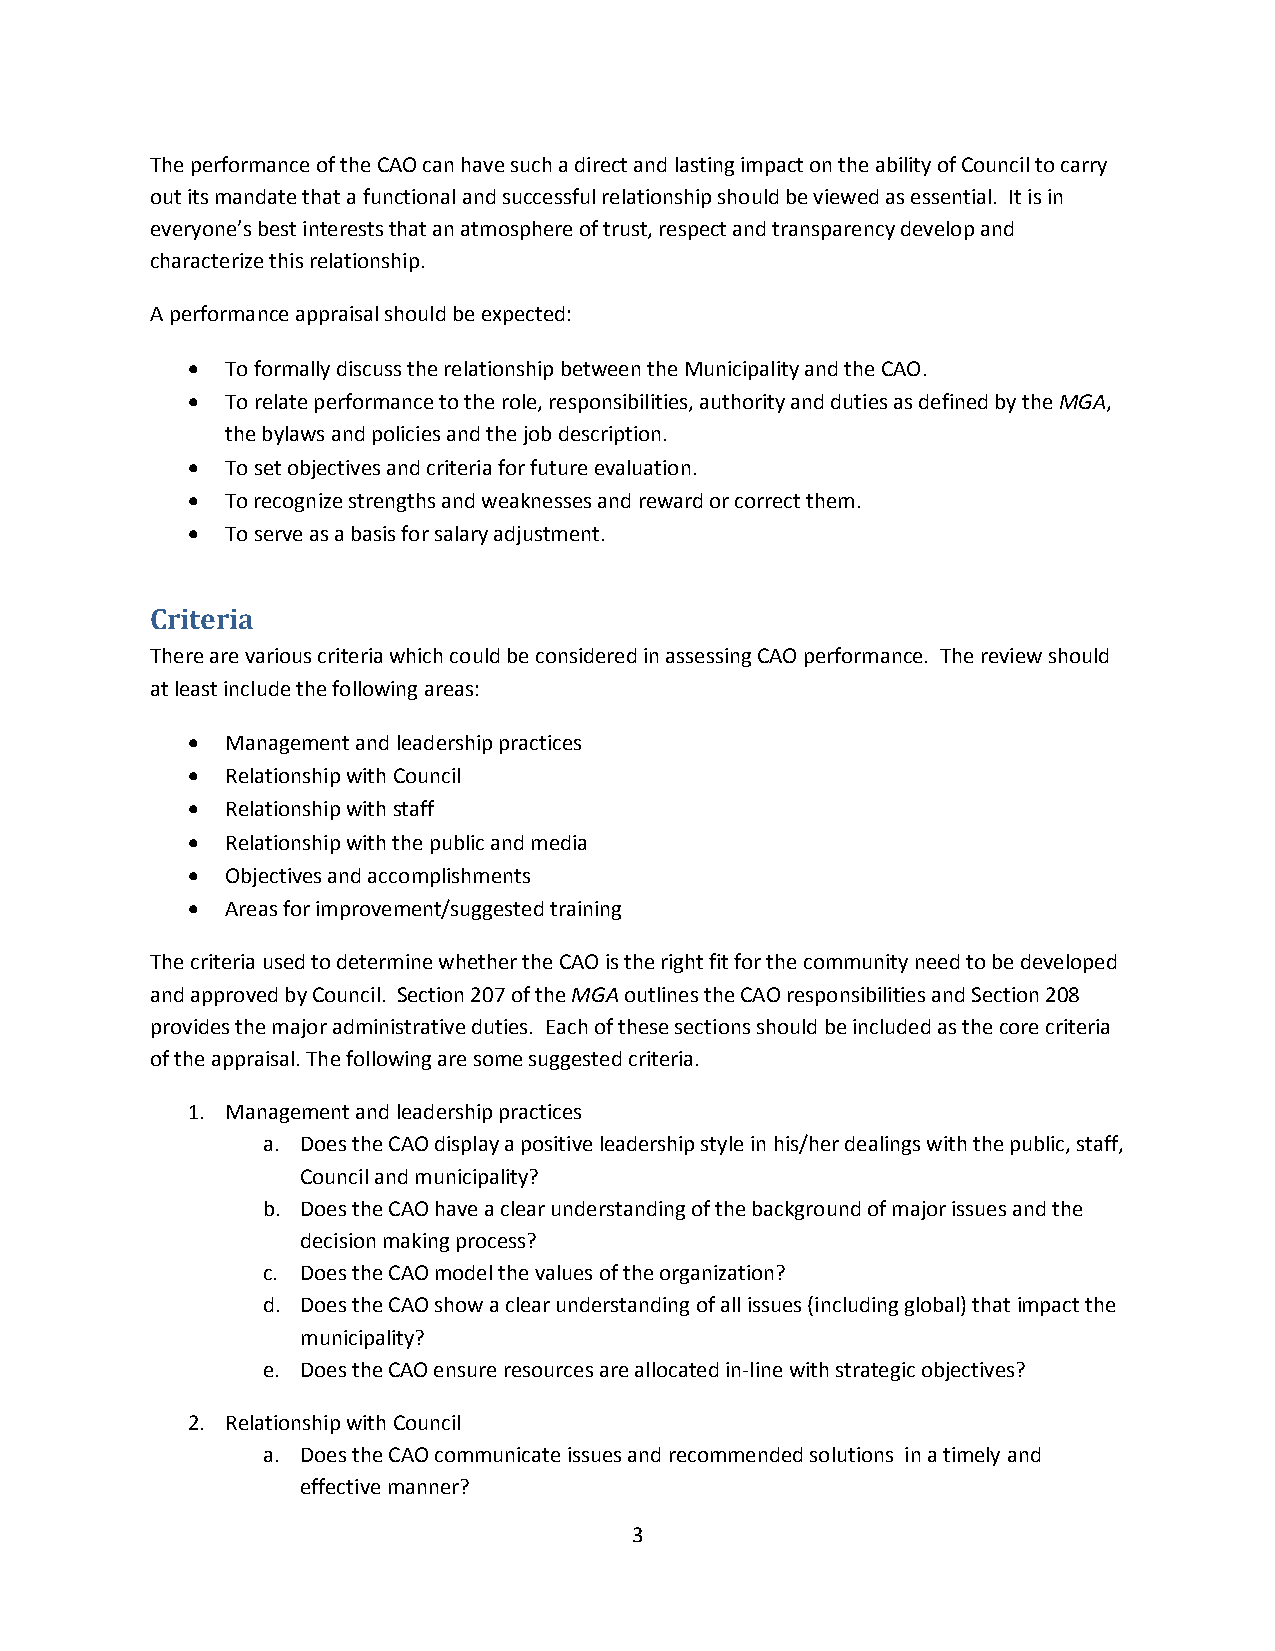
The performance of the CAO can have such a direct and lasting impact on the ability of Council to carry
 out its mandate that a functional and successful relationship should be viewed as essential. It is in
 everyone’s best interests that an atmosphere of trust, respect and transparency develop and
 characterize this relationship.
 A performance appraisal should be expected:
   To formally discuss the relationship between the Municipality and the CAO.
   To relate performance to the role, responsibilities, authority and duties as defined by the MGA,
 the bylaws and policies and the job description.
   To set objectives and criteria for future evaluation.
   To recognize strengths and weaknesses and reward or correct them.
   To serve as a basis for salary adjustment.
 Criteria
 There are various criteria which could be considered in assessing CAO performance. The review should
 at least include the following areas:
   Management and leadership practices
   Relationship with Council
   Relationship with staff
   Relationship with the public and media
   Objectives and accomplishments
   Areas for improvement/suggested training
 The criteria used to determine whether the CAO is the right fit for the community need to be developed
 and approved by Council. Section 207 of the MGA outlines the CAO responsibilities and Section 208
 provides the major administrative duties. Each of these sections should be included as the core criteria
 of the appraisal. The following are some suggested criteria.
 1. Management and leadership practices
 a. Does the CAO display a positive leadership style in his/her dealings with the public, staff,
 Council and municipality?
 b. Does the CAO have a clear understanding of the background of major issues and the
 decision making process?
 c. Does the CAO model the values of the organization?
 d. Does the CAO show a clear understanding of all issues (including global) that impact the
 municipality?
 e. Does the CAO ensure resources are allocated in-line with strategic objectives?
 2. Relationship with Council
 a. Does the CAO communicate issues and recommended solutions in a timely and
 effective manner?
 3